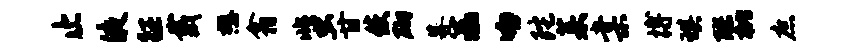
止液征戴懋翕蜚甘使砌募溘吻陀茱棠搏琪醪枇庶